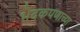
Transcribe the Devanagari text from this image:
भेदकपणाच्या